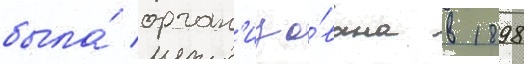
была́ орган'изо́вана в 1898